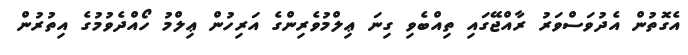
އެގޮތުން އެދުވަސްވަރު ރާއްޖޭގައި ތިއްބެވި ގިނަ ޢިލްމުވެރިންގެ އަރިހުން ޢިލްމު ހޯއްދެވުމުގެ އިތުރުން